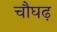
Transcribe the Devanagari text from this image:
चौघढ़